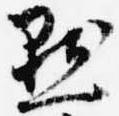
点